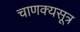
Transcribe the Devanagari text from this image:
चाणक्यसूत्र